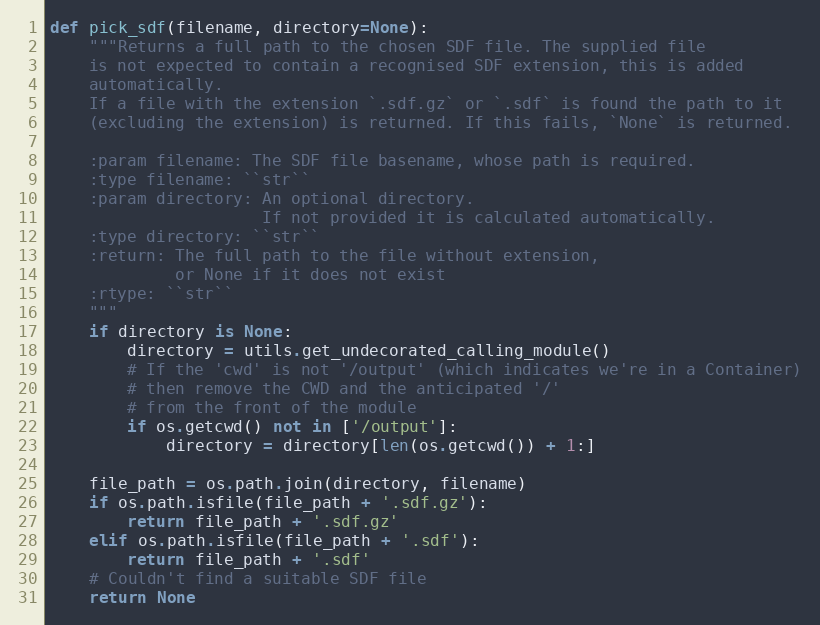
Language: Python
def pick_sdf(filename, directory=None):
    """Returns a full path to the chosen SDF file. The supplied file
    is not expected to contain a recognised SDF extension, this is added
    automatically.
    If a file with the extension `.sdf.gz` or `.sdf` is found the path to it
    (excluding the extension) is returned. If this fails, `None` is returned.

    :param filename: The SDF file basename, whose path is required.
    :type filename: ``str``
    :param directory: An optional directory.
                      If not provided it is calculated automatically.
    :type directory: ``str``
    :return: The full path to the file without extension,
             or None if it does not exist
    :rtype: ``str``
    """
    if directory is None:
        directory = utils.get_undecorated_calling_module()
        # If the 'cwd' is not '/output' (which indicates we're in a Container)
        # then remove the CWD and the anticipated '/'
        # from the front of the module
        if os.getcwd() not in ['/output']:
            directory = directory[len(os.getcwd()) + 1:]

    file_path = os.path.join(directory, filename)
    if os.path.isfile(file_path + '.sdf.gz'):
        return file_path + '.sdf.gz'
    elif os.path.isfile(file_path + '.sdf'):
        return file_path + '.sdf'
    # Couldn't find a suitable SDF file
    return None